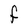
Character: F